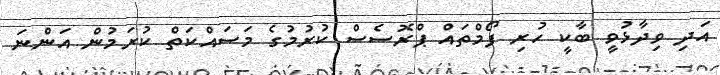
އަދި ވިދާޅުވީ ބާކީ ހުރި ފޯމްތައް ޕްރޮސެސް ކުރުމުގެ މަސައްކަތް ކުރަމުން އަންނަ